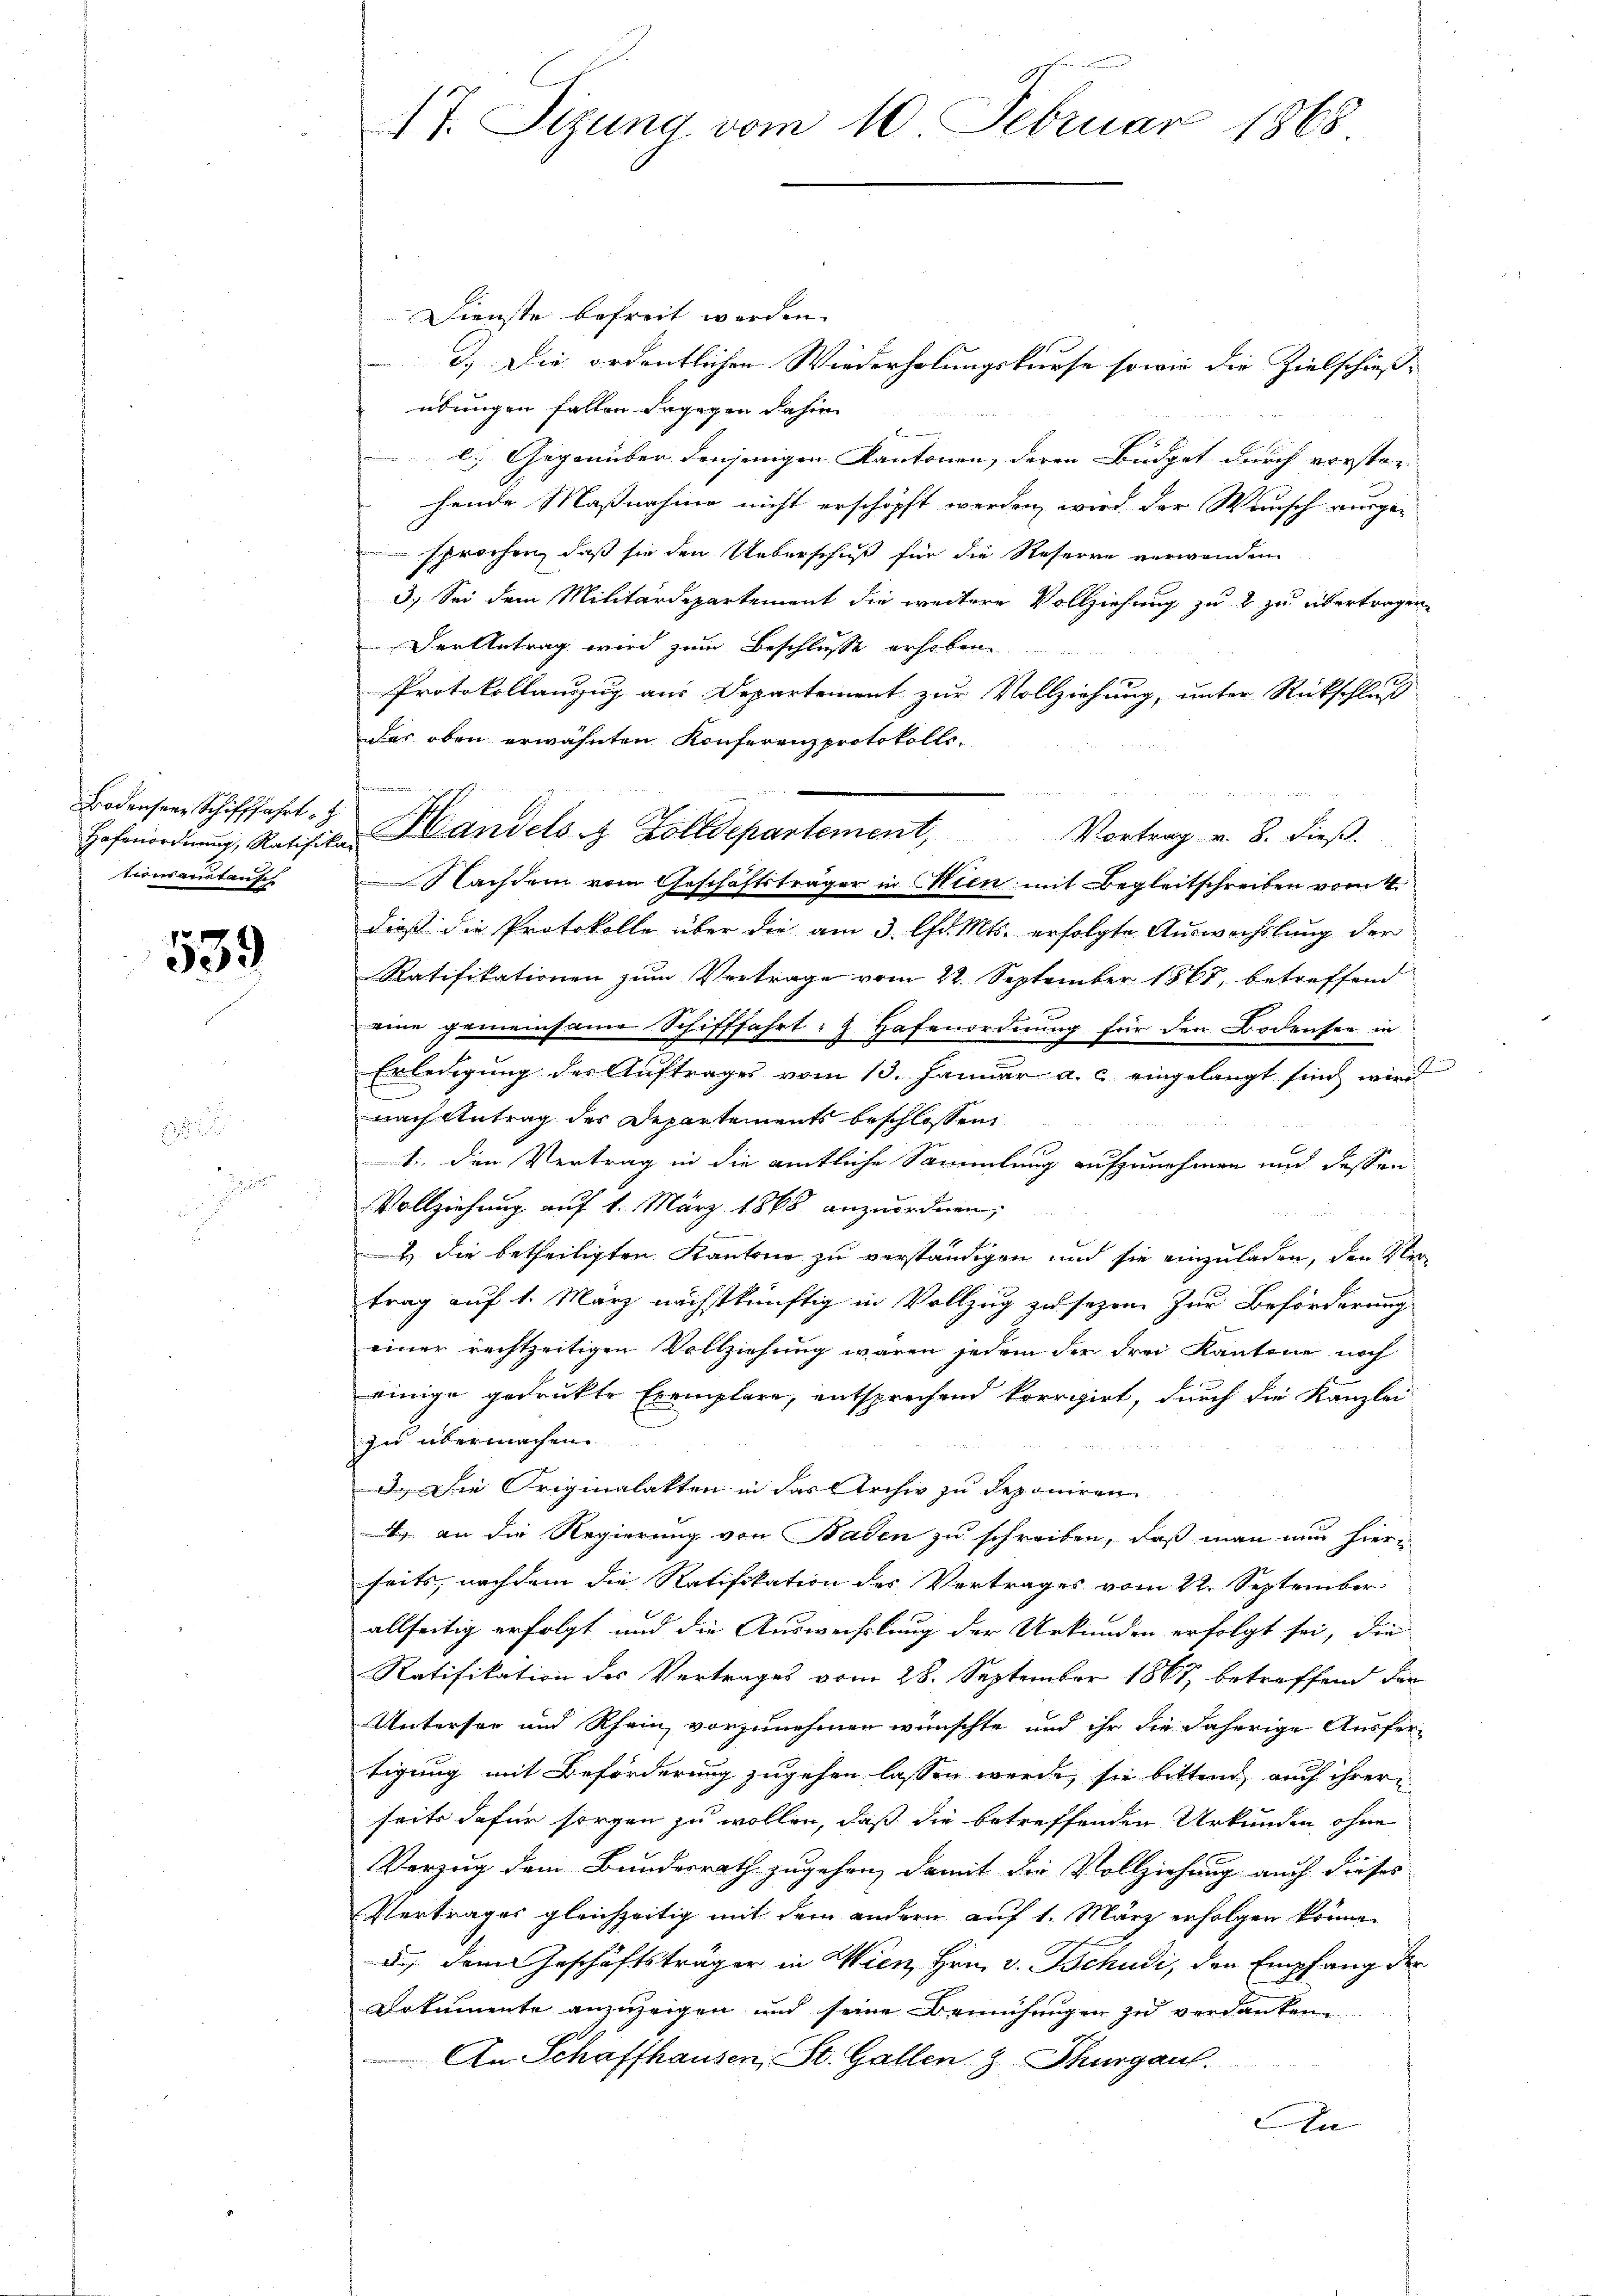
Bodensere Schifffahrt
tionsanstausch

539

zimmenen

47. Sizung vom 10. Februar 1868

Hofenordnŭng, Ratifian Handels Zolldepartement, Vortrag v. 8. dieβ.
 Nachdem vom Geschäftsträger in Wien mit Begleitschreiben vom 4.

Dienste befreit werden.
d.) Die ordentlichen Wiederholungskurse sowie die Zielschieß-
übungen fallen dagegen daher
c. Gegenüber denjenigen Kantonen, deren Budget durch vorsten
hende Maßnahme nicht erschöpft werden, wird der Wunsch ausge-
sprochen, daß sie den Ueberschuß für die Reserre verwenden.
3. Sei dem Militärdepartement die weitere Vollziehung zu 2 zu übertragen,
Der Antrag wird zum Beschlusse erhoben
Protokollanzug aus Departement zur Vollziehung, unter Rückschluß
das oben erwähnten Konferenzprotokolls-
dieß die Protokolle über die am 3. lfd. Mts. erfolgte Auswechslung der
Ratifikationen zum Vortrage vom 22. September 1867, betreffend
eine gemeinsame Schifffahrt, z. Hafenordnung für den Bodensee in
Erledigung der Auftrages vom 13. Januar a. c. eingelangt sich wird
nach Antrag des Departements beschlossen:
1. den Vertrag in die amtliche Sammlung aufzunehmen und dessen
Vollziehung auf 1. März 1868 anzuordnen,
2) die betheiligten Kantone zu verständigen und sie einzuladen, den Vertrag auf 1. März nächstkünftig in Vollzug zu sezen. Zur Beförderung
einer rechtzeitigen Vollziehung wären jedem der drei Kantone noch
be
einige gedruckte Exemplare, entsprechend korrigirt, durch die Kanzlei
zu übermachen.
d.) Die Originalakten in das Archiv zu deponiren
. an die Regierung von Baden zu schreiben, daß man nun hierseits, nachdem die Ratifikation des Vertrages vom 22. September
allseitig erfolgt und die Auswechslung der Urkunden erfolgt sei, die
Ratifikation des Vertrages vom 28. September 1867 betreffend den
Untersee und Rhein vorzunehmen wünschte und ihr die daherige Ausfer-
tigung mit Beförderung zugehen lassen werde, sie bittend auch ihrere
seits dafür sorgen zu wollen, daß die betreffenden Urkunden ohne
Verzug dem Bundesrath zugehen, damit die Vollziehung auch dieses
Vertrages gleichzeitig mit dem andern auf 1. März erfolgen könne.
a. dem Geschäftsträger in Wien, Hrn. v. Schudi, den Empfang der
Dokumente anzuzeigen und seine Bemühungen zu verdanken
An Schaffhausen, St. Gallen z. Thurgau.
An